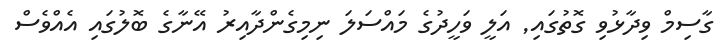
ގާސިމް ވިދާޅުވި ގޮތުގައި